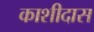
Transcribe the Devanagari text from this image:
काशीदास